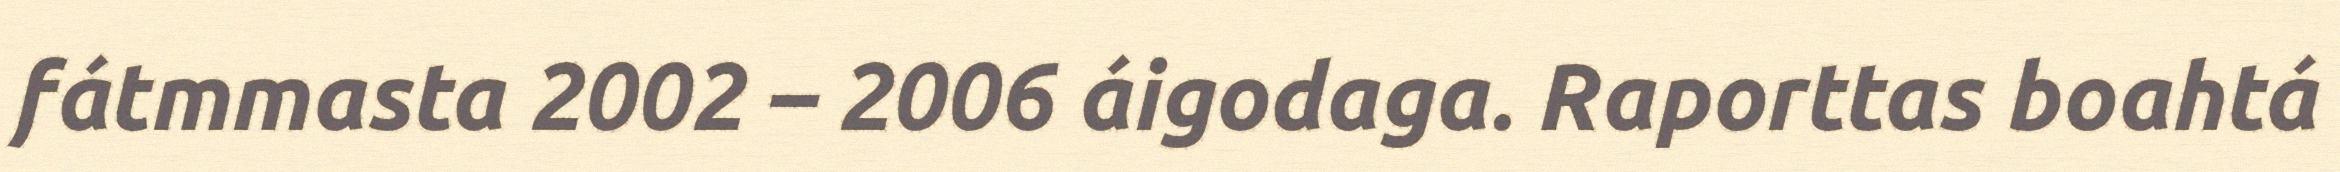
fátmmasta 2002 – 2006 áigodaga. Raporttas boahtá